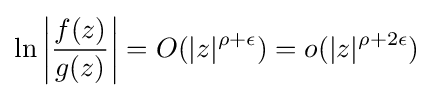
\ln \left|{\frac {f(z)}{g(z)}}\right|=O(|z|^{\rho +\epsilon })=o(|z|^{\rho +2\epsilon })